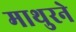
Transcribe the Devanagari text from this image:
माथुरने